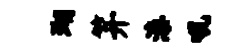
瑚笄漆吼